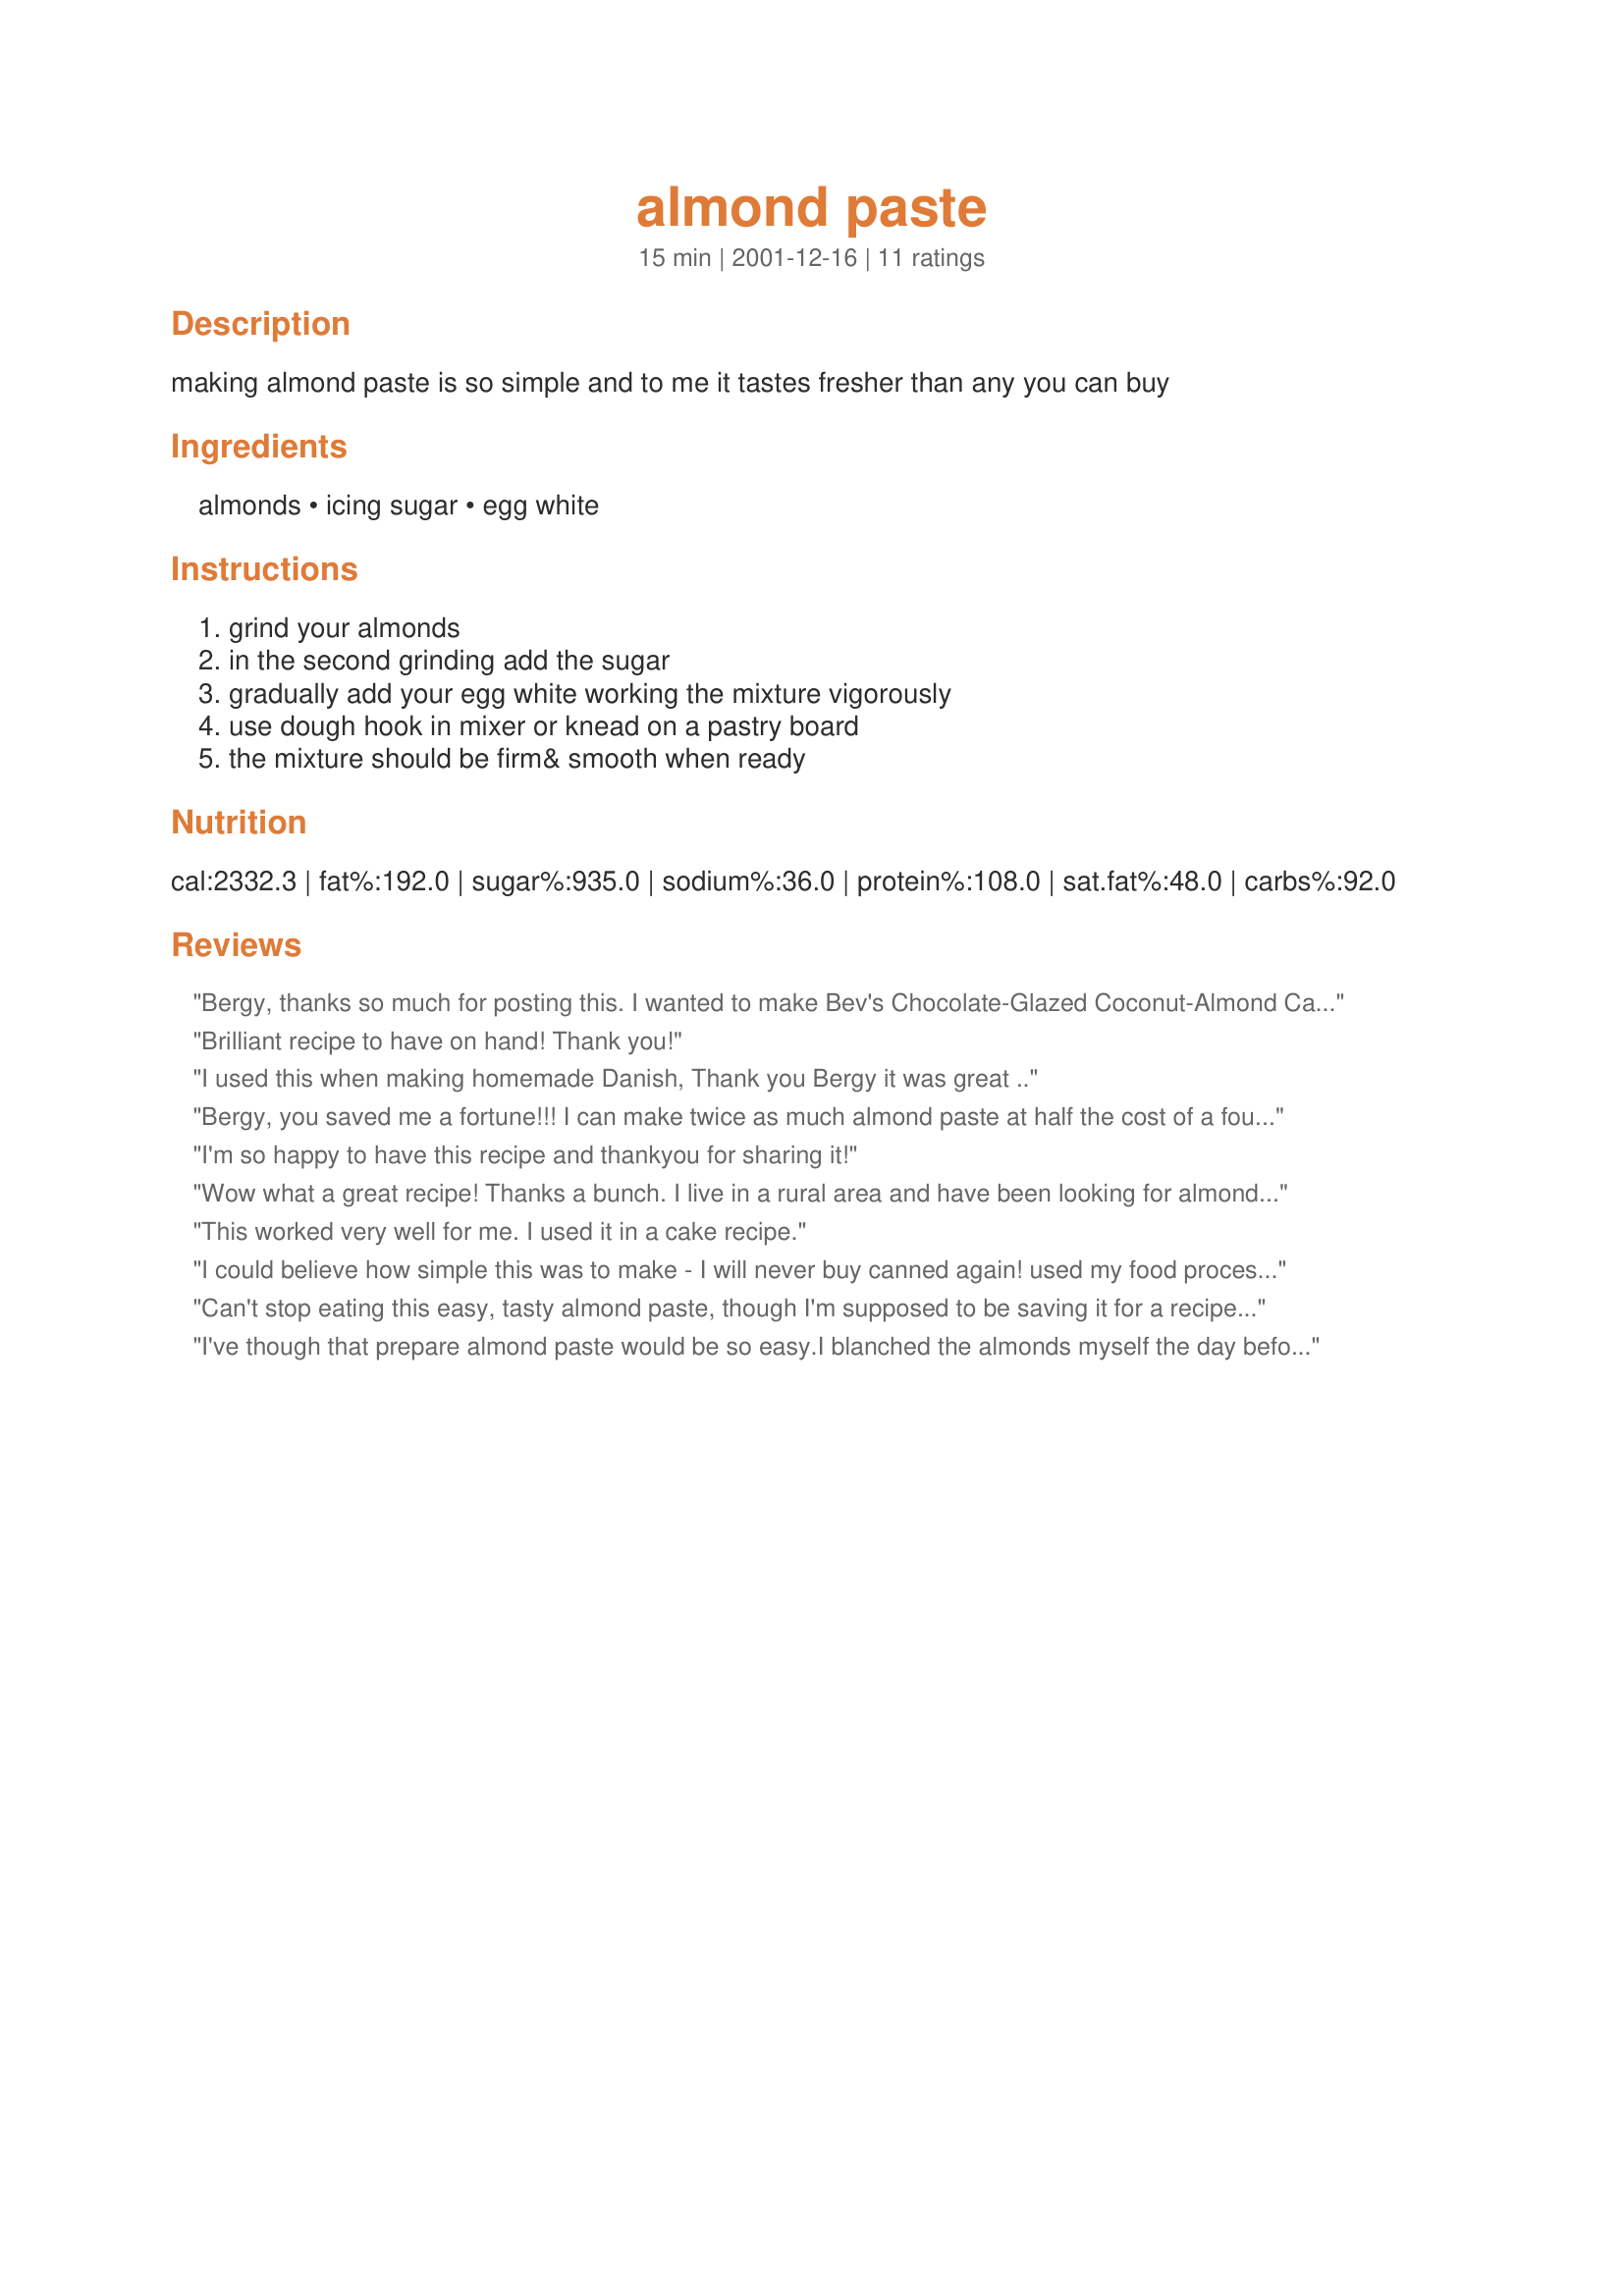
almond paste
Preparation time: 15 minutes

making almond paste is so simple and to me it tastes fresher than any you can buy

Ingredients:
almonds, icing sugar, egg white

Steps:
grind your almonds, in the second grinding add the sugar, gradually add your egg white working the mixture vigorously, use dough hook in mixer or knead on a pastry board, the mixture should be firm& smooth when ready

Reviews:
Bergy, thanks so much for posting this. I wanted to make Bev's Chocolate-Glazed Coconut-Almond Cake #19190 and I couldn't find Almond paste in any of the stores near me. I made this for use in the cake and it worked just great!
Brilliant recipe to have on hand! Thank you!
I used this when making homemade Danish, Thank you Bergy it was great ..
Bergy, you saved me a fortune!!! I can make twice as much almond paste at half the cost of a four ounce tube! I stumbled upon this recipe accendently----a happy surprise!
I'm so happy to have this recipe and thankyou for sharing it!
Wow what a great recipe! Thanks a bunch.

I live in a rural area and have been looking for almond paste for 2 weeks. And online it is expensive! This was easy and fast and terrific.
This worked very well for me. I used it in a cake recipe.
I could believe how simple this was to make - I will never buy canned again! used my food processor and added a teaspoon of pure almond extract and it tastes great. Now to make my Italian wedding cookies (aka Venetians or Rainbow cookies).<br/>THANKS
Can't stop eating this easy, tasty almond paste, though I'm supposed to be saving it for a recipe (Lemon Blueberry Upside-Down Cake from "Bon Appetit", which I found from the Couldn't be Pareve blog). Delicious and authentic. Agree with a previous reviewer - if you want a really vibrant shot of almond in a recipe, add a touch of extract to the mix. I may do that next time, but for now, it's wonderful!
I've though that prepare almond paste would be so easy.<br/>I blanched the almonds myself the day before. I grinded them with the food processor for a while, added the sugar, processed again, added the egg white and processed shortly until all came together.<br/>I did not add aromas (almond extract, orange flavor, vanilla, or others) nor food coloring, but next time I know that this would be done very fast and the result is great.<br/>I shaped roses simply for fun and I can say that it was never so easy to shape them like with this paste. The paste was less fat that the commercial one.<br/>I notices that the petals dried out a little bit after 1 hour. This is a big advantage if you use this paste for modeling.<br/>I don't know if this depends on the almonds, but I suppose this, if this is not desired I suggest adding some (1 teaspoon) of almond oil.<br/>Thanks a lot; I will use this recipe again for sure.
Wonderful and simple! It saved me $10.00 for a measly 7 oz. tube of almond paste. I would add a teaspoon or two of almond extract though for a more robust flavor.
